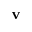
\mathbf { v }